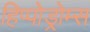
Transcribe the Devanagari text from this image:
हिप्पोड्रोम्स